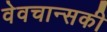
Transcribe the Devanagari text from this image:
वेवचान्सकी